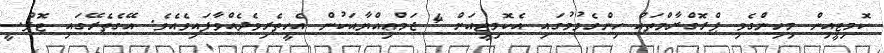
ކޮމިޓީއިން މިހިންގެވި ޕްރޮގްރާމްތައް ހިންގެވުމުގައި އެކޮމިޓީއަށް 4 ޖަމްޢިއްޔާއަކުން އެހީތެރިވެދެއްވާފައިވެއެވެ. އޭގެތެރޭގައި ޓޮޕްސީ